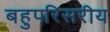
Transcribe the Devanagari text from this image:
बहुपरिसरीय